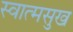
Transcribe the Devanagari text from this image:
स्वात्मसुख